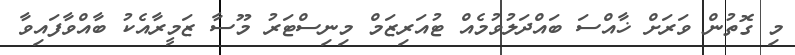
މި ގޮތުން ވަރަށް ޚާއްސަ ބައްދަލުވުމެއް ޓުއަރިޒަމް މިނިސްޓަރު މޫސާ ޒަމީރާއެކު ބާއްވާފައިވާ